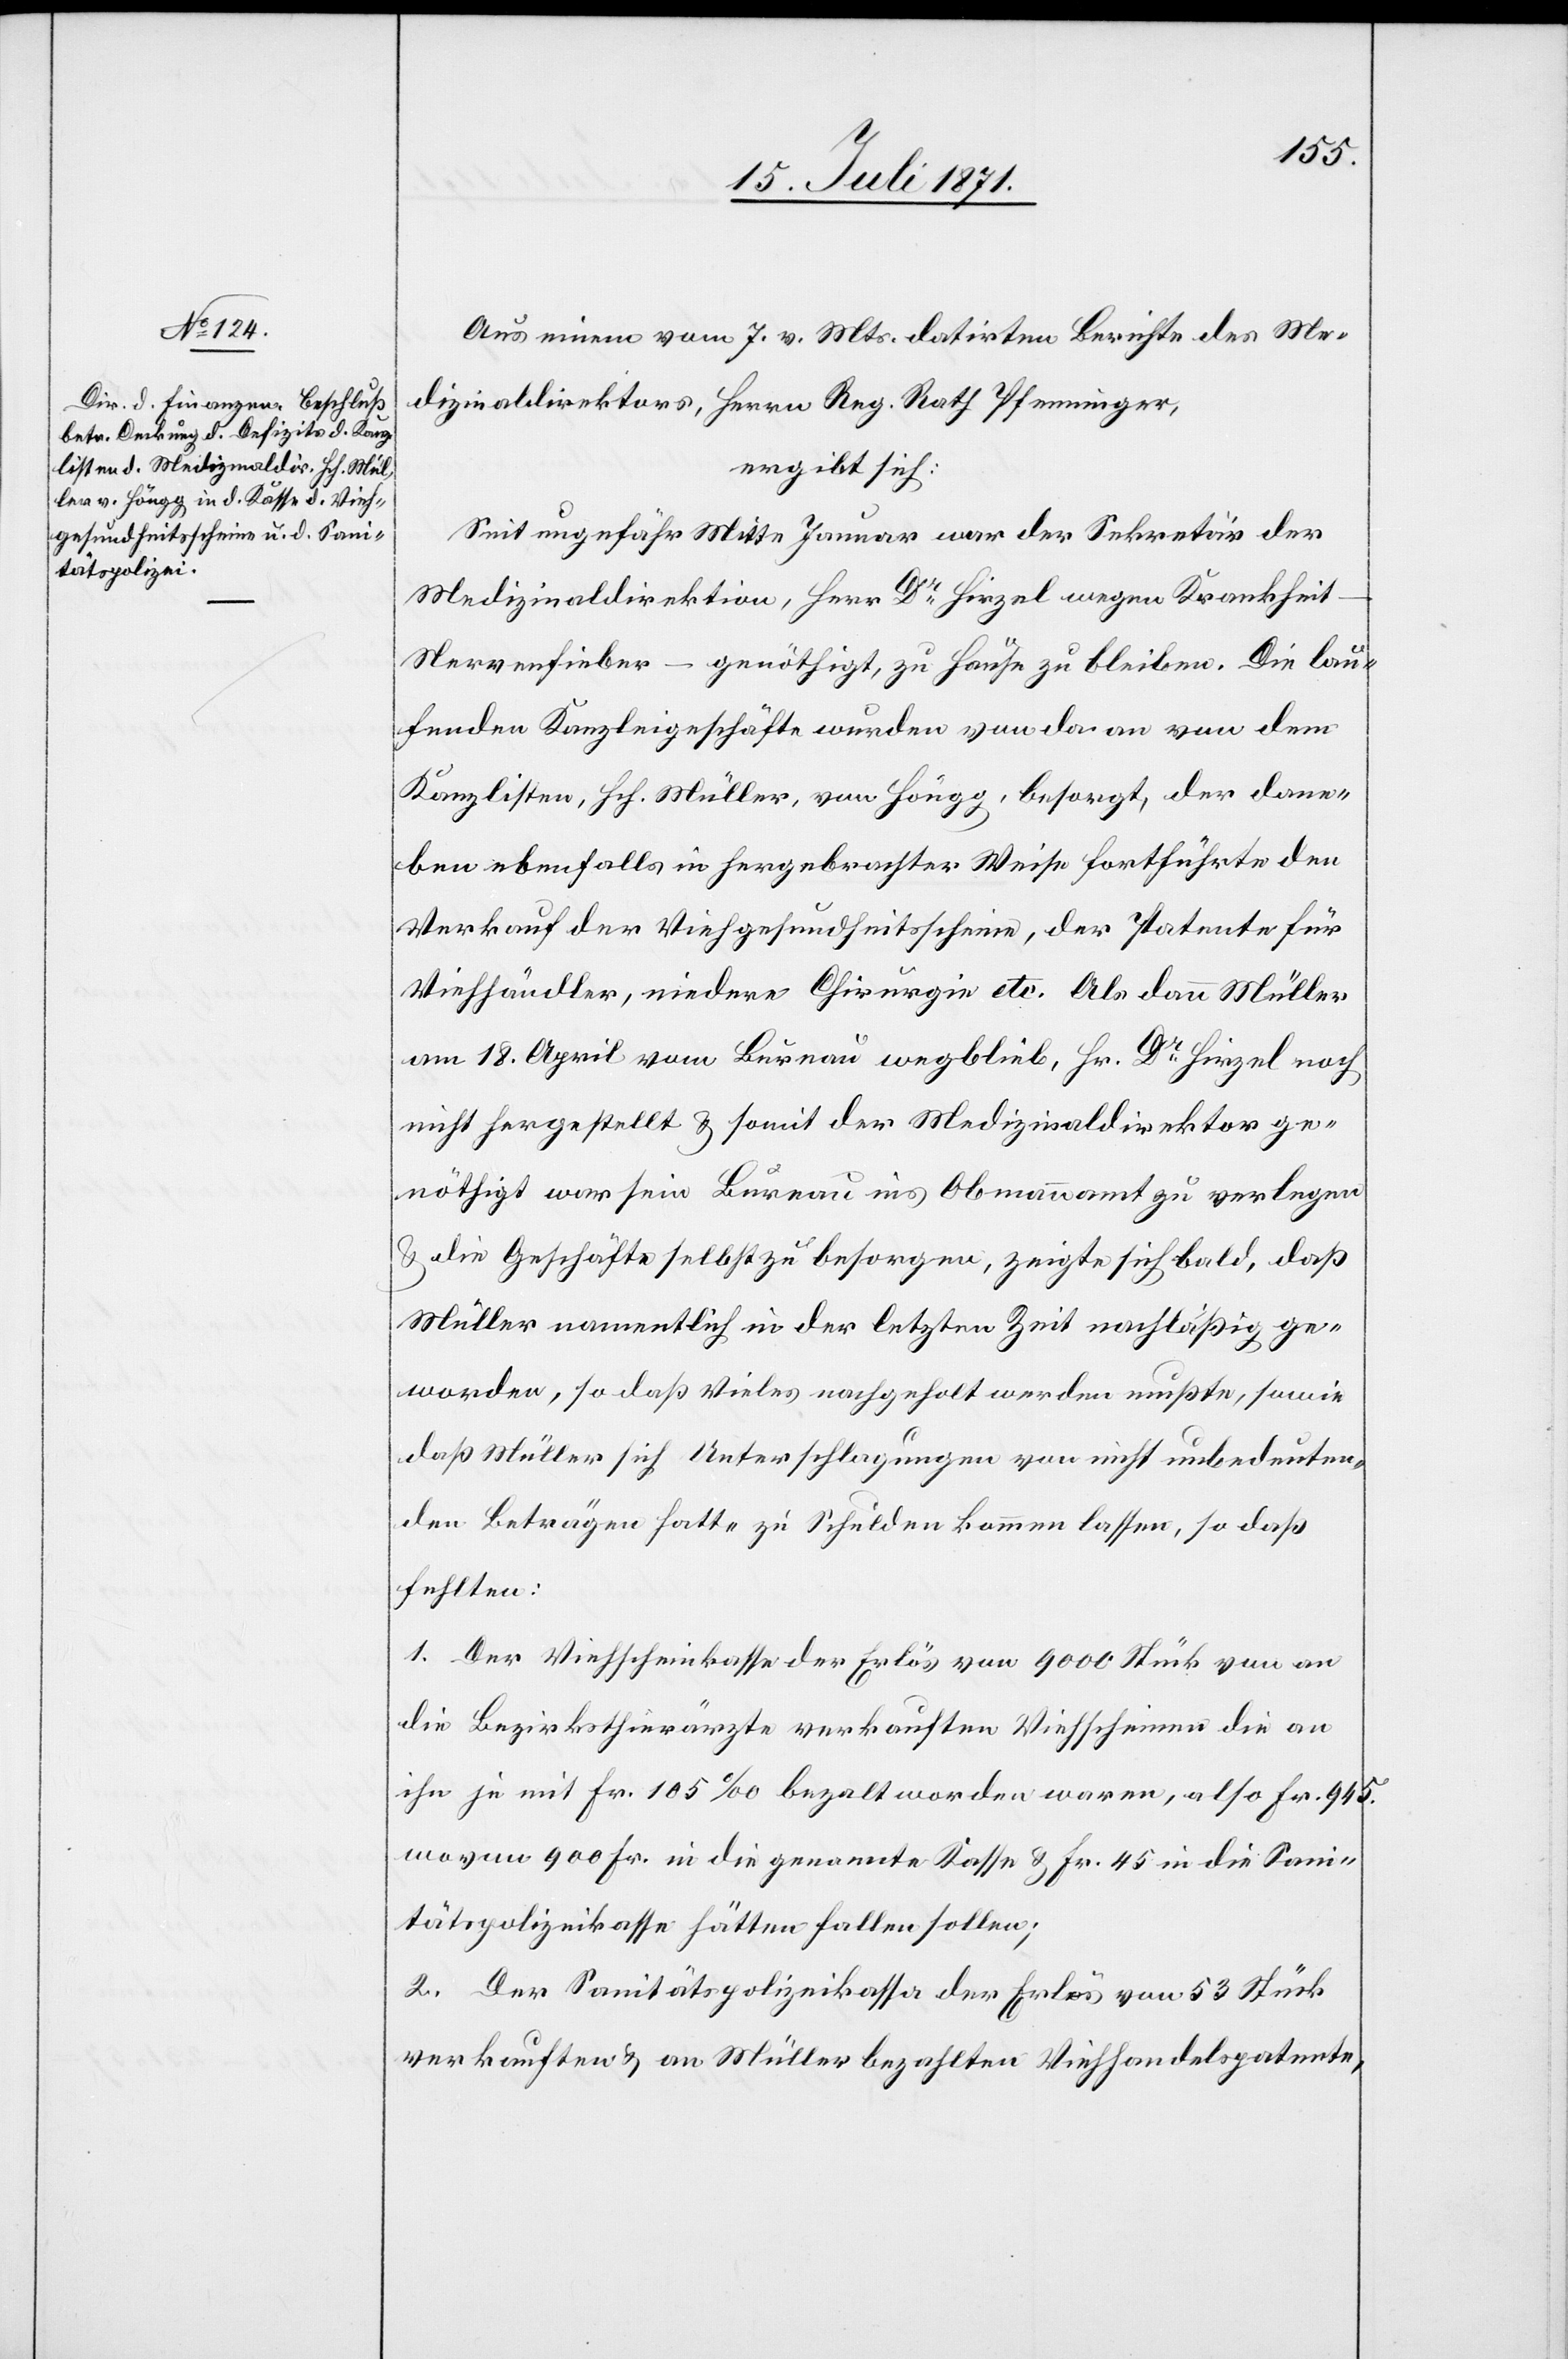
Aus einem vom 7. v. Mts. datirten Berichte des Me¬
dizinaldirektors, Herrn Reg. Rath Pfenninger,
ergibt sich:
Seit ungefähr Mitte Januar war der Sekretär der
Medizinaldirektion, Herr Dr. Hirzel wegen Krankheit
Nervenfieber – genöthigt, zu Hause zu bleiben. Die lau¬
fenden Kanzleigeschäfte wurden von da an von dem
Kanzlisten, Hch. Müller, von Höngg, besorgt, der dane¬
ben ebenfalls in hergebrachter Weise fortführte den
Verkauf der Viehgesundheitsscheine, der Patente für
Viehhändler, niedere Chirurgie etc. Als dann Müller
am 18. April vom Bureau wegblieb, Hr. Dr. Hirzel noch
nicht hergestellt u. somit der Medizinaldirektor ge¬
nöthigt war sein Bureau ins Obmannamt zu verlegen
u. die Geschäfte selbst zu besorgen, zeigte sich bald, daß
Müller namentlich in der letzten Zeit nachläßig ge¬
worden, so daß vieles nachgeholt werden mußte, sowie
daß Müller sich Unterschlagungen von nicht unbedeuten¬
den Beträgen hatte zu Schulden kommen lassen, so daß
fehlten:
1. Der Viehscheinkasse der Erlös von 9000 Stück von an
die Bezirksthierärzte verkauften Viehscheine die an
ihn je mit Fr. 105‰ bezahlt worden waren, also Fr. 945.
wovon 900 Fr. in die genannte Kasse u. Fr. 45 in die Sani¬
tätspolizeikasse hätten fallen sollen;
2. Der Sanitätspolizeikassa der Erlös von 53 Stück
verkauften u. an Müller bezahlten Viehhandelspatente,